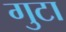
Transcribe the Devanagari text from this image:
गुटा